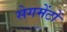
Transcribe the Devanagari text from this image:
सेगमेंटों